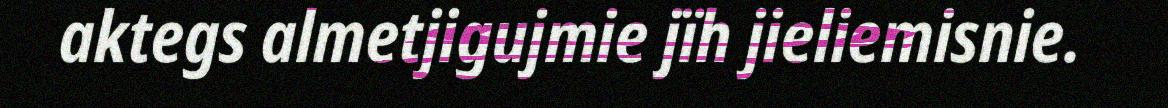
aktegs almetjigujmie jïh jieliemisnie.